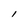
Character: l